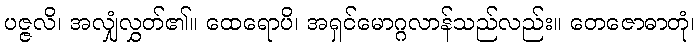
ပဇ္ဇလိ၊ အလျှံလွှတ်၏။ ထေရောပိ၊ အရှင်မောဂ္ဂလာန်သည်လည်း။ တေဇောဓာတုံ၊